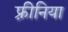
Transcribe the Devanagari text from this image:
फ़्रीनिया